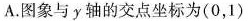
A.图象与y轴的交点坐标为(0，1)